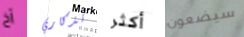
آخ تذكاري أكثر سيضعون